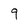
Character: 9